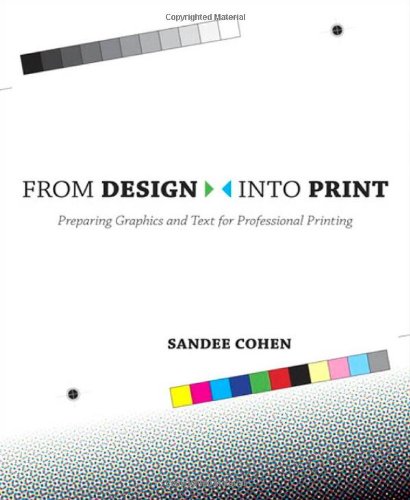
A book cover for From Design Into Print: Preparing Graphics and Text for Professional Printing; Sandee Cohen; Computers & Technology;